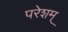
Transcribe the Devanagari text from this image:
परेशम्